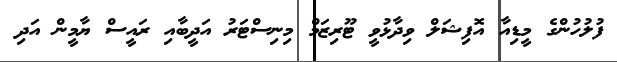
ފުލުހުންގެ މީޑިއާ އޮފިޝަލް ވިދާޅުވީ ޓޫރިޒަމް މިނިސްޓަރު އަދީބާއި ރައީސް ޔާމީން އަދި